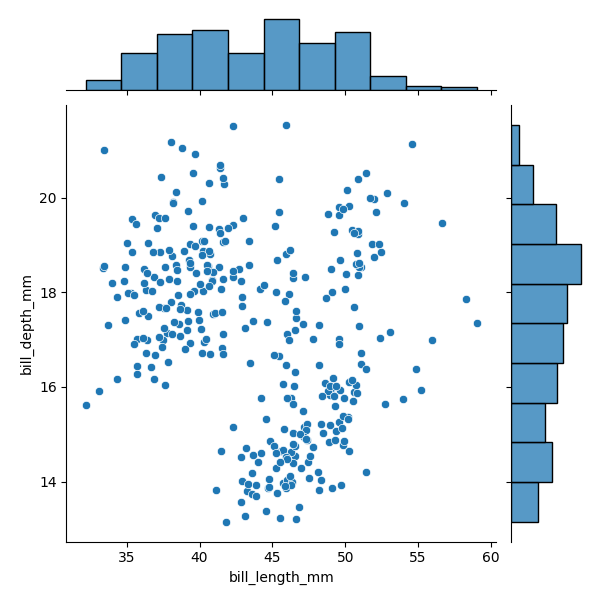
python, seaborn, JointGrid, scatterplot, histplot